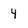
Character: 4